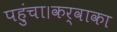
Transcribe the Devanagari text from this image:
पहुंचा।कर्वाका